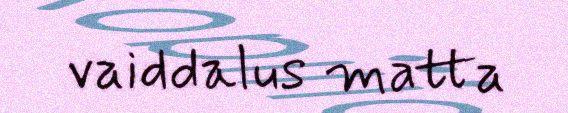
vaiddalus matta